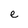
Character: e